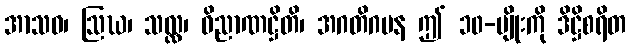
အာသဝ၊ ဩဃ၊ သလ္လ၊ ဝိညာဏဋ္ဌိတိ၊ အဂတိဂမန ဤ ၁၀-မျိုးကို ဒိဋ္ဌိစရိတ